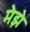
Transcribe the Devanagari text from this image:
मेझे